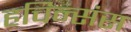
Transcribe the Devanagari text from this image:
हचिन्संस